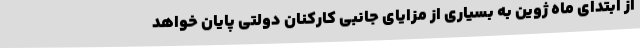
از ابتدای ماه ژوین به بسیاری از مزایای جانبی کارکنان دولتی پایان خواهد